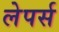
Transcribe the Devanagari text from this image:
लेपर्स